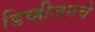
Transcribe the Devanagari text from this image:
डिव्हीजनचे